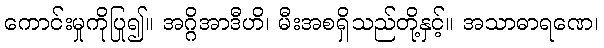
ကောင်းမှုကိုပြု၍။ အဂ္ဂိအာဒီဟိ၊ မီးအစရှိသည်တို့နှင့်။ အသာဓာရဏေ၊